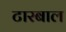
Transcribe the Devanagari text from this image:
टारबाल